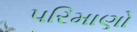
પરિમાણો